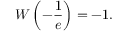
W \left( - { \frac { 1 } { e } } \right) = - 1 .